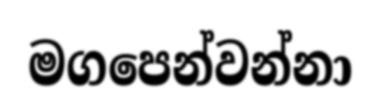
මගපෙන්වන්නා